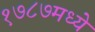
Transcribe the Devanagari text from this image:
१७८७मध्ये